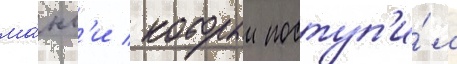
ма́нг'и / которыи поступ'и́л